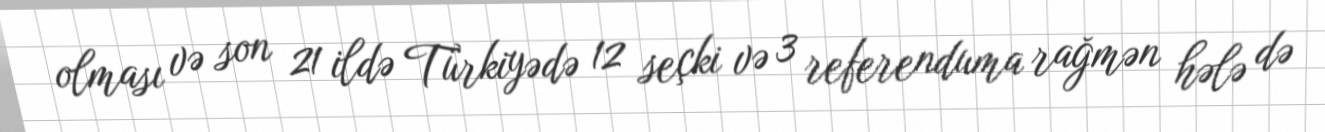
olması və son 21 ildə Türkiyədə 12 seçki və 3 referenduma rağmən hələ də